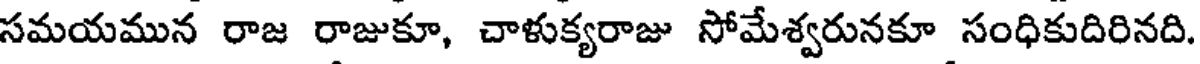
సమయమున రాజ రాజుకూ, చాళుక్యరాజు సోమేశ్వరునకూ సంధికుదిరినది.